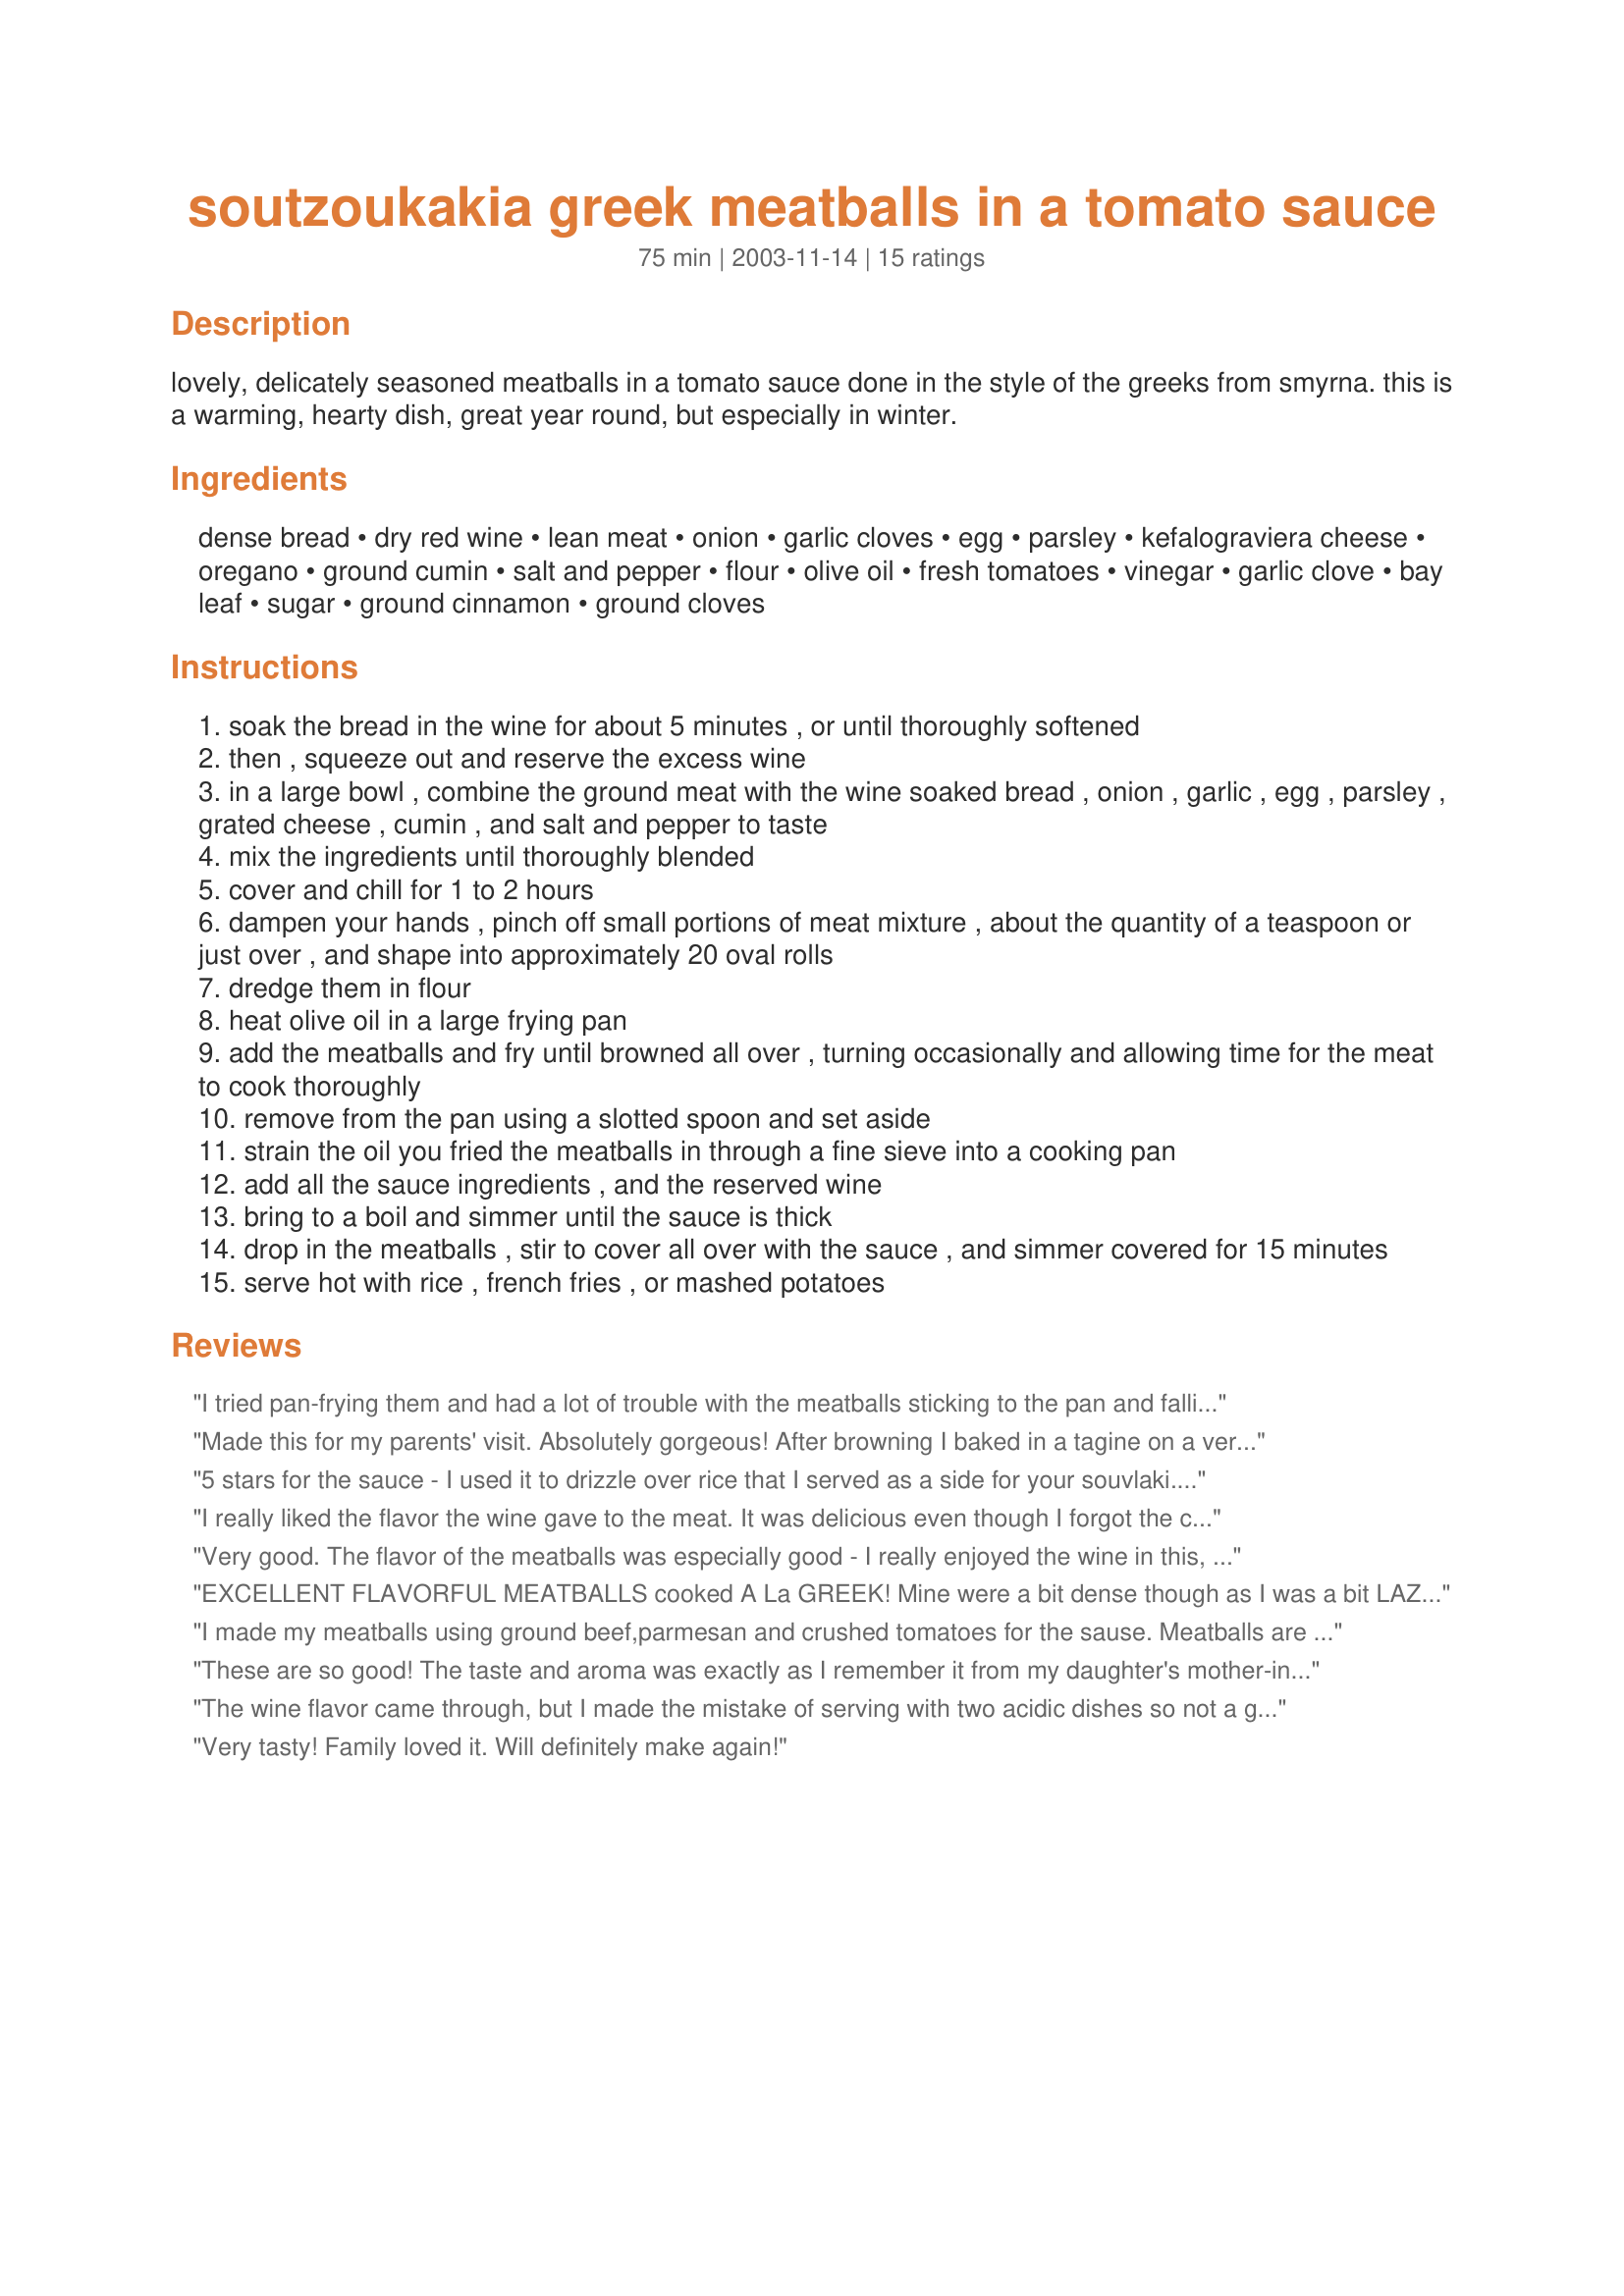
soutzoukakia greek meatballs in a tomato sauce
Preparation time: 75 minutes

lovely, delicately seasoned meatballs in a tomato sauce done in the style of the greeks from smyrna. this is a warming, hearty dish, great year round, but especially in winter.

Ingredients:
dense bread, dry red wine, lean meat, onion, garlic cloves, egg, parsley, kefalograviera cheese, oregano, ground cumin, salt and pepper, flour, olive oil, fresh tomatoes, vinegar, garlic clove, bay leaf, sugar, ground cinnamon, ground cloves

Steps:
soak the bread in the wine for about 5 minutes , or until thoroughly softened
then , squeeze out and reserve the excess wine
in a large bowl , combine the ground meat with the wine soaked bread , onion , garlic , egg , parsley , grated cheese , cumin , and salt and pepper to taste
mix the ingredients until thoroughly blended
cover and chill for 1 to 2 hours
dampen your hands , pinch off small portions of meat mixture , about the quantity of a teaspoon or just over , and shape into approximately 20 oval rolls
dredge them in flour
heat olive oil in a large frying pan
add the meatballs and fry until browned all over , turning occasionally and allowing time for the meat to cook thoroughly
remove from the pan using a slotted spoon and set aside
strain the oil you fried the meatballs in through a fine sieve into a cooking pan
add all the sauce ingredients , and the reserved wine
bring to a boil and simmer until the sauce is thick
drop in the meatballs , stir to cover all over with the sauce , and simmer covered for 15 minutes
serve hot with rice , french fries , or mashed potatoes

Reviews:
I tried pan-frying them and had a lot of trouble with the meatballs sticking to the pan and falling apart when I tried to turn them. If I make these again, I will try baking them and see if that turns out better.
Made this for my parents' visit. Absolutely gorgeous! After browning I baked in a tagine on a very low heat, with chickpeas and spinach. My parents have taken a copy of the recipe with them as they enjoyed it so much!
5 stars for the sauce - I used it to drizzle over rice that I served as a side for your souvlaki. I can get kefalograviera and/or mizithra cheese easily since I live in a Greek community, but I didn't go out today and just used parm to garnish, which was fine. Your Greek recipes rock!
I really liked the flavor the wine gave to the meat. It was delicious even though I forgot the cheese. For the sauce however, I used a few cans of diced tomatoes and a can of tomato sauce. I also added a little more cinnamon and simmered it uncovered for a longer time in order for the sauce to thicken. I served it over noodles with additional parmesano regianno cheese. YUM!
Very good. The flavor of the meatballs was especially good - I really enjoyed the wine in this, as it permeates the taste of the meatballs. I found the amount of oil to be a bit more than I think was necessary. I cut down a little, but would use even less next time. The sauce was also good, but not as flavorful as I had expected. I would certainly make these again. Thanks for sharing.
EXCELLENT FLAVORFUL MEATBALLS cooked A La GREEK! Mine were a bit dense though as I was a bit LAZY and added Breadcrumbs. This is a KEEPER and I'll add to my everyday GREEK CUISINE (and I'll learn to follow directions, next time!) TWO THUMBS UP~ EV, you did it again!
I made my meatballs using ground beef,parmesan and crushed tomatoes for the sause. Meatballs are very delicate and difficult to turn when frying ,they are easily fall apart. I made these meatballs in hope they would taste like the ones we had in Athens 2 weeks ago but they didn't. They were not bad but just did not taste autentically Greek.
These are so good! The taste and aroma was exactly as I remember it from my daughter's mother-in-law's kitchen in Athens. Makes plenty for a second meal for us. I made them exactly as written with ground beef. Thanks Evelyn!
The wine flavor came through, but I made the mistake of serving with two acidic dishes so not a good pairing with lemon rice and tabbouleh. But the tomato dish here came out great.
Very tasty! Family loved it. Will definitely make again!
This was good, but not great. I tried it after another sites (MyGreekDish) and theirs was better. Part of it was that the cinnamon was in the meatball, and the onion was in the sauce (which is the opposite of this). I have been realizing that I do not like fresh onion in meatballs, so that may be part of it.
I made the meatballs in the oven instead of frying them. They were still good and a lot healthier for the dish. The sauce was just a bit too heavy for us but for the most part the guests I served this to, really liked this dish.
These are delicious! I served them first time around with oven fries and the leftovers were warmed up later in the week to serve over spaghetti. A very versatile recipe!
Delicious and something different for a change!
Superb, tender, mildly flavored, melt-in-your-mouth meatballs. I LOVED these and their sauce. Only change I made was to use 1 T each of the olive and vegetable oils. We enjoyed it over whole wheat pasta. Ten star recipe!
